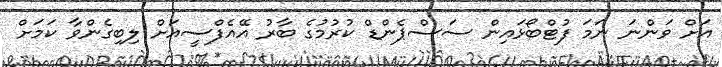
އަށް ވަންނަ ނަމަ ފުޓްބޯޅައިން ސަސްޕެންޑް ކުރުމުގެ ބާރު އޭއެފްސީއަށް ލިބިގެންވާ ކަމަށް